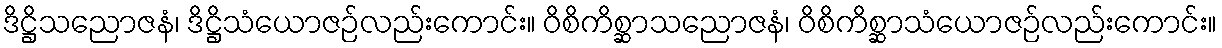
ဒိဋ္ဌိသညောဇနံ၊ ဒိဋ္ဌိသံယောဇဉ်လည်းကောင်း။ ဝိစိကိစ္ဆာသညောဇနံ၊ ဝိစိကိစ္ဆာသံယောဇဉ်လည်းကောင်း။